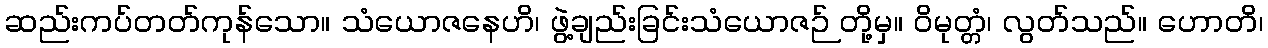
ဆည်းကပ်တတ်ကုန်သော။ သံယောဇနေဟိ၊ ဖွဲ့ချည်းခြင်းသံယောဇဉ် တို့မှ။ ဝိမုတ္တံ၊ လွတ်သည်။ ဟောတိ၊